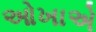
ઓખાએ